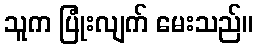
သူက ပြုံးလျက် မေးသည်။